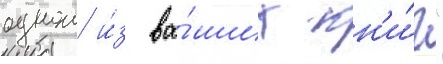
однои и́з ва́ших кн'и́г"